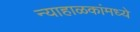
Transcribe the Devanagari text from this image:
न्याहाळकांमध्ये